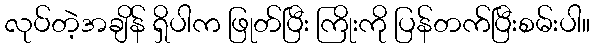
လုပ်တဲ့အချိန် ရှိပါက ဖြုတ်ပြီး ကြိုးကို ပြန်တက်ပြီးစမ်းပါ။